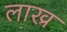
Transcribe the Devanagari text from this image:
लाख्र